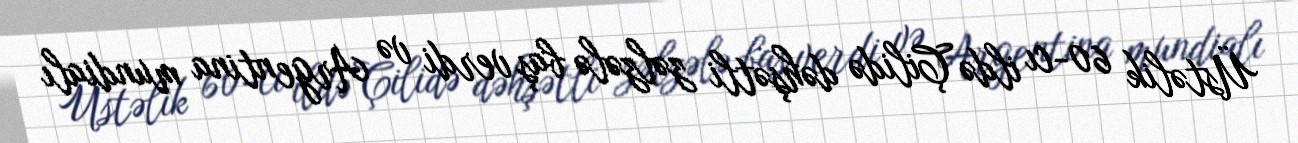
Üstəlik 60-cı ildə Çilidə dəhşətli zəlzələ baş verdi və Argentina mundialı